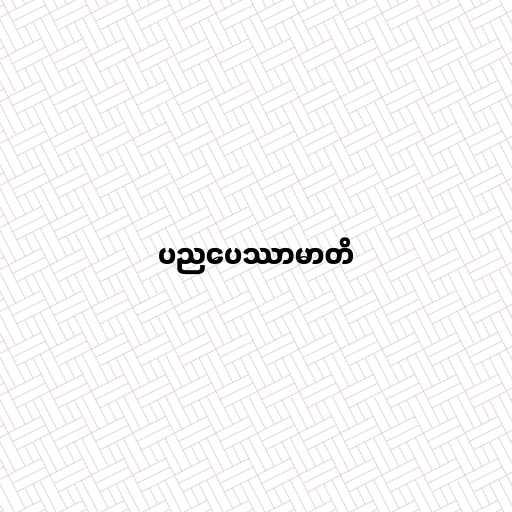
ပညပေဿာမာတိ